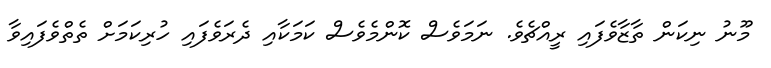
މޫނު ނިކަން ތާޒާވެފައި ރީއްޗެވެ. ނަމަވެސް ކޮންމެވެސް ކަމަކާއި ދެރަވެފައި ހުރިކަމަށް ތެތްވެފައިވާ